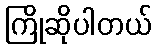
ကြိုဆိုပါတယ်